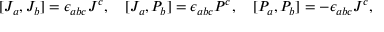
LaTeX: [ J _ { a } , J _ { b } ] = \epsilon _ { a b c } J ^ { c } , \quad [ J _ { a } , P _ { b } ] = \epsilon _ { a b c } P ^ { c } , \quad [ P _ { a } , P _ { b } ] = - \epsilon _ { a b c } J ^ { c } ,